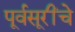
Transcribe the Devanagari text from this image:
पूर्वसूरींचे